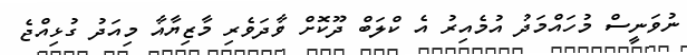
ނުވަނީސް މުހައްމަދު އުމެއިރު އެ ކްލަބް ދޫކޮށް ވާދަވެރި މާޒިޔާއާ މިއަދު ގުޅިއްޖެ